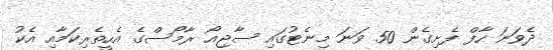
ދެވަނަ ހާފް ފެށިގެން 50 ވަނަ މިނެޓުގައި ސާޖިއޯ ރާމޯސްގެ އެހީތެރިކަމާއި އެކު